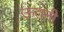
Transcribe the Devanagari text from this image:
ऊतनी